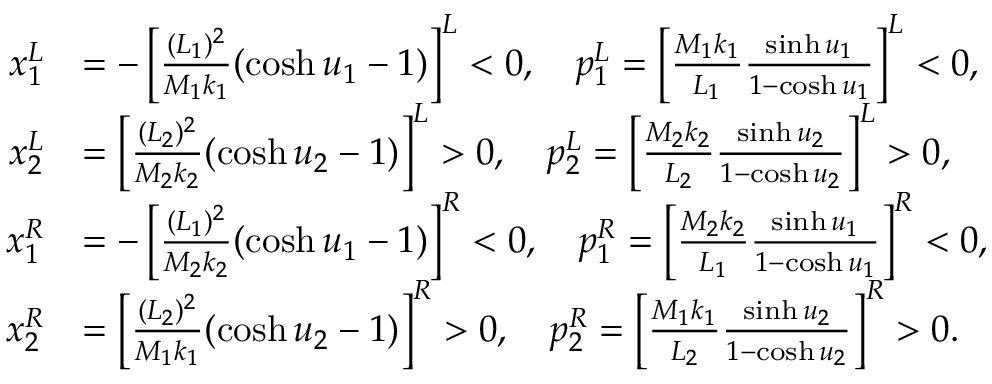
\begin{array} { r l } { x _ { 1 } ^ { L } } & { = - \left[ \frac { ( L _ { 1 } ) ^ { 2 } } { M _ { 1 } k _ { 1 } } ( \cosh u _ { 1 } - 1 ) \right] ^ { L } < 0 , \quad p _ { 1 } ^ { L } = \left[ \frac { M _ { 1 } k _ { 1 } } { L _ { 1 } } \frac { \sinh u _ { 1 } } { 1 - \cosh u _ { 1 } } \right] ^ { L } < 0 , } \\ { x _ { 2 } ^ { L } } & { = \left[ \frac { ( L _ { 2 } ) ^ { 2 } } { M _ { 2 } k _ { 2 } } ( \cosh u _ { 2 } - 1 ) \right] ^ { L } > 0 , \quad p _ { 2 } ^ { L } = \left[ \frac { M _ { 2 } k _ { 2 } } { L _ { 2 } } \frac { \sinh u _ { 2 } } { 1 - \cosh u _ { 2 } } \right] ^ { L } > 0 , } \\ { x _ { 1 } ^ { R } } & { = - \left[ \frac { ( L _ { 1 } ) ^ { 2 } } { M _ { 2 } k _ { 2 } } ( \cosh u _ { 1 } - 1 ) \right] ^ { R } < 0 , \quad p _ { 1 } ^ { R } = \left[ \frac { M _ { 2 } k _ { 2 } } { L _ { 1 } } \frac { \sinh u _ { 1 } } { 1 - \cosh u _ { 1 } } \right] ^ { R } < 0 , } \\ { x _ { 2 } ^ { R } } & { = \left[ \frac { ( L _ { 2 } ) ^ { 2 } } { M _ { 1 } k _ { 1 } } ( \cosh u _ { 2 } - 1 ) \right] ^ { R } > 0 , \quad p _ { 2 } ^ { R } = \left[ \frac { M _ { 1 } k _ { 1 } } { L _ { 2 } } \frac { \sinh u _ { 2 } } { 1 - \cosh u _ { 2 } } \right] ^ { R } > 0 . } \end{array}